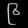
Digit: ၉